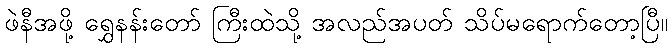
ဖဲနီအဖို့ ရွှေနန်းတော် ကြီးထဲသို့ အလည်အပတ် သိပ်မရောက်တော့ပြီ။